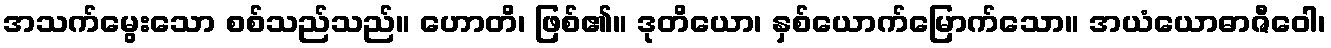
အသက်မွေးသော စစ်သည်သည်။ ဟောတိ၊ ဖြစ်၏။ ဒုတိယော၊ နှစ်ယောက်မြောက်သော။ အယံယောဓာဇီဝေါ၊